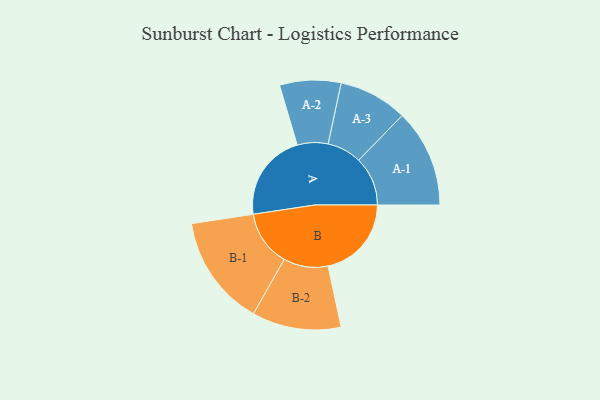
{"axis": {"x": "Segment", "y": "Value"}, "legend": ["", "A", "B"], "data": [{"x": "A", "y": 373, "type": ""}, {"x": "B", "y": 354, "type": ""}, {"x": "A-1", "y": 208, "type": "A"}, {"x": "A-2", "y": 130, "type": "A"}, {"x": "A-3", "y": 146, "type": "A"}, {"x": "B-1", "y": 236, "type": "B"}, {"x": "B-2", "y": 189, "type": "B"}]}